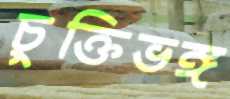
চুক্তিভঙ্গ